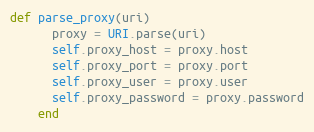
Language: Ruby
def parse_proxy(uri)
      proxy = URI.parse(uri)
      self.proxy_host = proxy.host
      self.proxy_port = proxy.port
      self.proxy_user = proxy.user
      self.proxy_password = proxy.password
    end